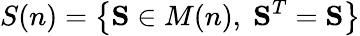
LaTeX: S(n)=\left\{ \mathbf{S}\in M(n),\; \mathbf{S}^{T}=\mathbf{S}\right\}